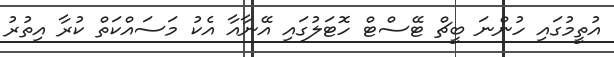
އުތީމުގައި ހުންނަ ބީޗް ޓޭސްޓް ހޮޓަލުގައި އޭނާއާ އެކު މަސައްކަތް ކުރާ އިތުރު